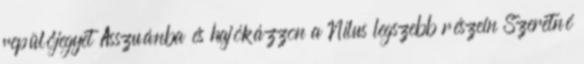
repülőjegyet Asszuánba és hajókázzon a Nílus legszebb részein Szeretné